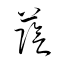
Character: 蔭